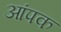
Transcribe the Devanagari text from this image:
आंपक